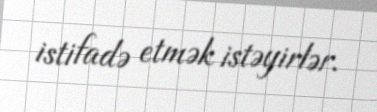
istifadə etmək istəyirlər.